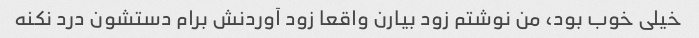
خیلی خوب بود، من نوشتم زود بیارن واقعا زود آوردنش برام دستشون درد نکنه